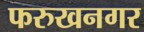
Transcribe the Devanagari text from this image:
फरुखनगर